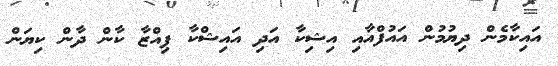
އައިކާމެން ދިޔުމުން އައުފްއާއި އިޝިކާ އަދި އައިޝްކާ ޕިއްޒާ ކާން ދާން ކިޔަން